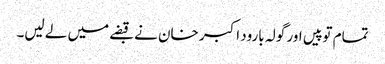
تمام توپیں اور گولہ بارود اکبر خان نے قبضے میں لے لیں۔